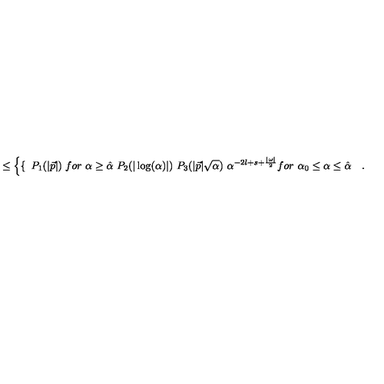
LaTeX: \leq \left\{ \begin{cases} { \ P _ { 1 } ( \vert \vec { p } \vert ) } & { f o r \ \alpha \geq \hat { \alpha } } \\ { \ P _ { 2 } ( \vert \log ( \alpha ) \vert ) \ P _ { 3 } ( \vert \vec { p } \vert \sqrt \alpha ) \ \alpha ^ { - 2 l + s + \frac { \vert \omega \vert } { 2 } } } & { f o r \ \alpha _ { 0 } \leq \alpha \leq \hat { \alpha } \quad . } \\ \end{cases} \right.